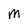
Character: M